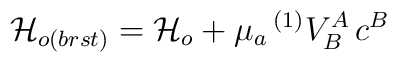
{\cal H}_{o(brst)} = {\cal H}_{o} + \mu_a\,{}^{(1)}V_B^A \,c^B